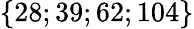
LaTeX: \{ 28;39;62;104\}